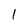
Character: 1